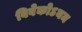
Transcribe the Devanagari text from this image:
विवेकोऽयम